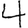
Digit: 4